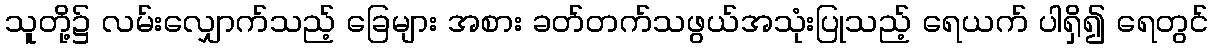
သူတို့၌ လမ်းလျှောက်သည့် ခြေများ အစား ခတ်တက်သဖွယ်အသုံးပြုသည့် ရေယက် ပါရှိ၍ ရေတွင်